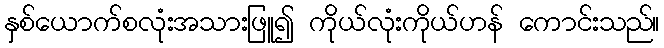
နှစ်ယောက်စလုံးအသားဖြူ၍ ကိုယ်လုံးကိုယ်ဟန် ကောင်းသည်။